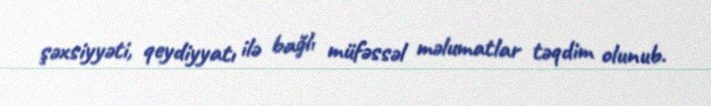
şəxsiyyəti, qeydiyyatı ilə bağlı müfəssəl məlumatlar təqdim olunub.